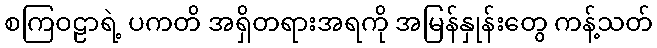
စကြဝဠာရဲ့ ပကတိ အရှိတရားအရကို အမြန်နှုန်းတွေ ကန့်သတ်